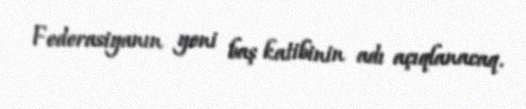
Federasiyanın yeni baş katibinin adı açıqlanacaq.